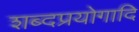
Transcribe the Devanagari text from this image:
शब्दप्रयोगादि